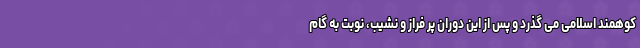
کوهمند اسلامی می گذرد و پس از این دوران پر فراز و نشیب، نوبت به گام